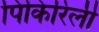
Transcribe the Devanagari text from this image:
पिकिरिली